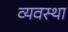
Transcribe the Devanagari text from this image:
व्‍यवस्था